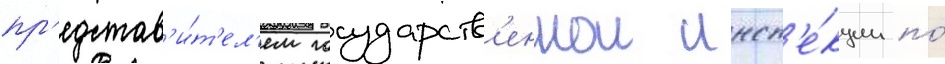
пр'едстав'и́т'ел'ем государств'еннои инсп'е́кции по́